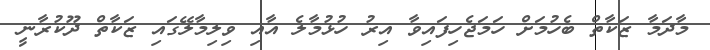
މާދަމާ ޒަކާތް ބެހުމަށް ހަމަޖެހިފައިވާ އިރު ހުޅުމާލެ އާއި ވިލިމާލޭގައި ޒަކާތް ދޫކުރާނީ